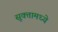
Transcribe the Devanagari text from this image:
सूक्तामध्ये